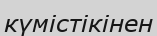
күмістікінен